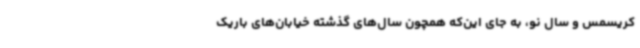
کریسمس و سال نو، به جای این‌که همچون سال‌های گذشته خیابان‌های باریک